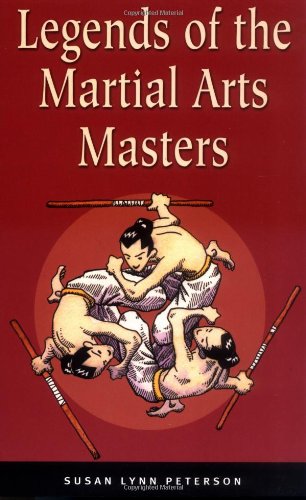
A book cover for Legends of the Martial Arts Masters; Susan Lynn Peterson Ph.D.; Children's Books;